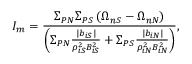
I _ { m } = \frac { \Sigma _ { P N } \Sigma _ { P S } \left( \Omega _ { n S } - \Omega _ { n N } \right) } { \left( \Sigma _ { P N } \frac { | b _ { i S } | } { \rho _ { i S } ^ { 2 } B _ { i S } ^ { 2 } } + \Sigma _ { P S } \frac { | b _ { i N } | } { \rho _ { i N } ^ { 2 } B _ { i N } ^ { 2 } } \right) } ,